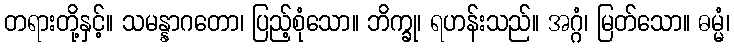
တရားတို့နှင့်။ သမန္နာဂတော၊ ပြည့်စုံသော။ ဘိက္ခု၊ ရဟန်းသည်။ အဂ္ဂံ၊ မြတ်သော။ ဓမ္မံ၊